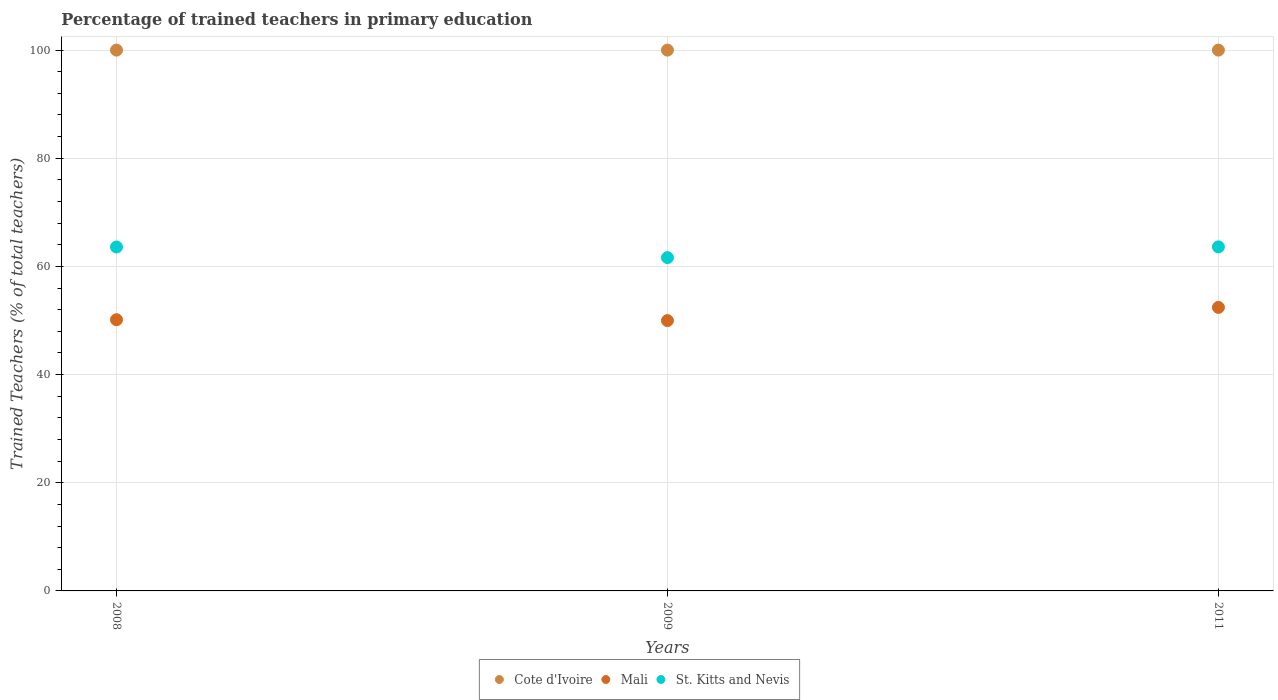
| Years | Cote d'Ivoire | Mali | St. Kitts and Nevis |
 | --- | --- | --- | --- |
 | 2008 | 100 | 50.1 | 63.6 |
 | 2009 | 100 | 50 | 61.6 |
 | 2011 | 100 | 52.4 | 63.6 |